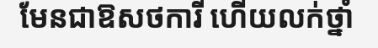
មែនជាឱសថការី ហើយលក់ថ្នាំ